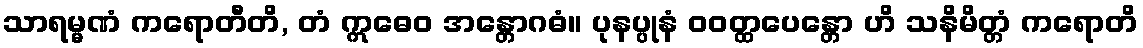
သာရမ္မဏံ ကရောတီတိ, တံ ဣဓေဝ အန္တောဂဓံ။ ပုနပ္ပုနံ ဝဝတ္ထပေန္တော ဟိ သနိမိတ္တံ ကရောတိ